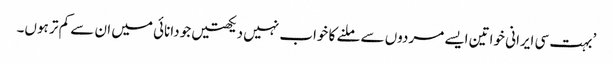
’بہت سی ایرانی خواتین ایسے مردوں سے ملنے کا خواب نہیں دیکھتیں جو دانائی میں ان سے کم تر ہوں۔